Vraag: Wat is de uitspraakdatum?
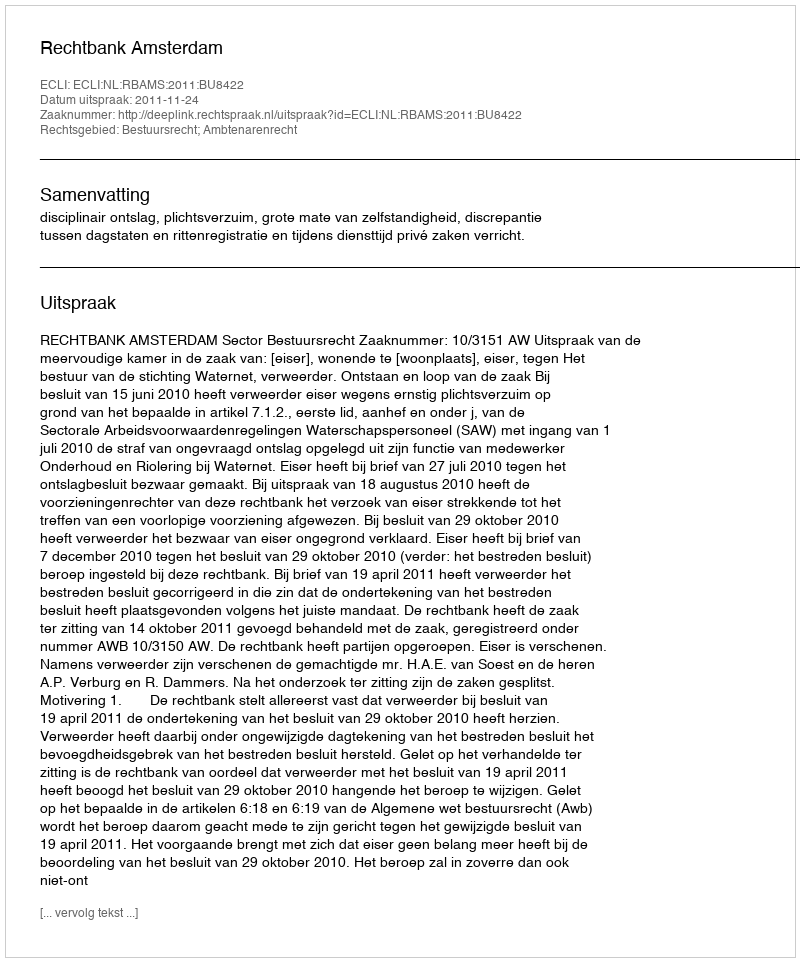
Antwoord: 2011-11-24